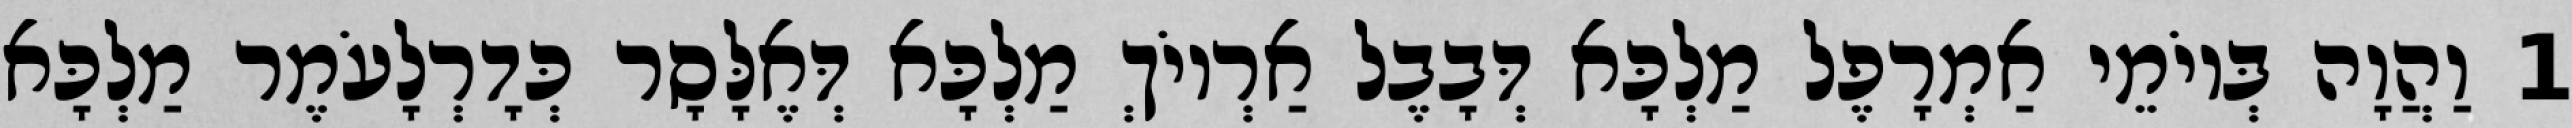
1 וַהֲוָה בְּיוֹמֵי אַמְרָפֶל מַלְכָּא דְּבָבֶל אַרְיוֹךְ מַלְכָּא דְּאֶלָּסָר כְּדָרְלָעֹמֶר מַלְכָּא